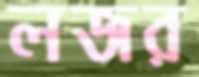
লজর